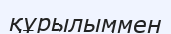
құрылыммен